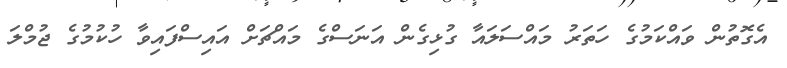
އެގޮތުން ވައްކަމުގެ ހަތަރު މައްސަލައާ ގުޅިގެން އަނަސްގެ މައްޗަށް އައިސްފައިވާ ހުކުމުގެ ޖުމްލަ